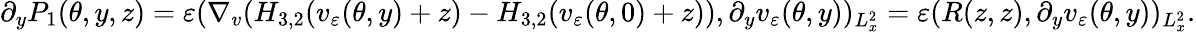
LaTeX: \begin{array}{r}{\partial_{y}P_{1}(\theta,y,z)=\varepsilon(\nabla_{v}(H_{3,2}(v_{\varepsilon}(\theta,y)+z)-H_{3,2}(v_{\varepsilon}(\theta,0)+z)),\partial_{y}v_{\varepsilon}(\theta,y))_{L_{x}^{2}}=\varepsilon(R(z,z),\partial_{y}v_{\varepsilon}(\theta,y))_{L_{x}^{2}}.}\end{array}